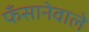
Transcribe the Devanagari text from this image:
फँसानेवाले